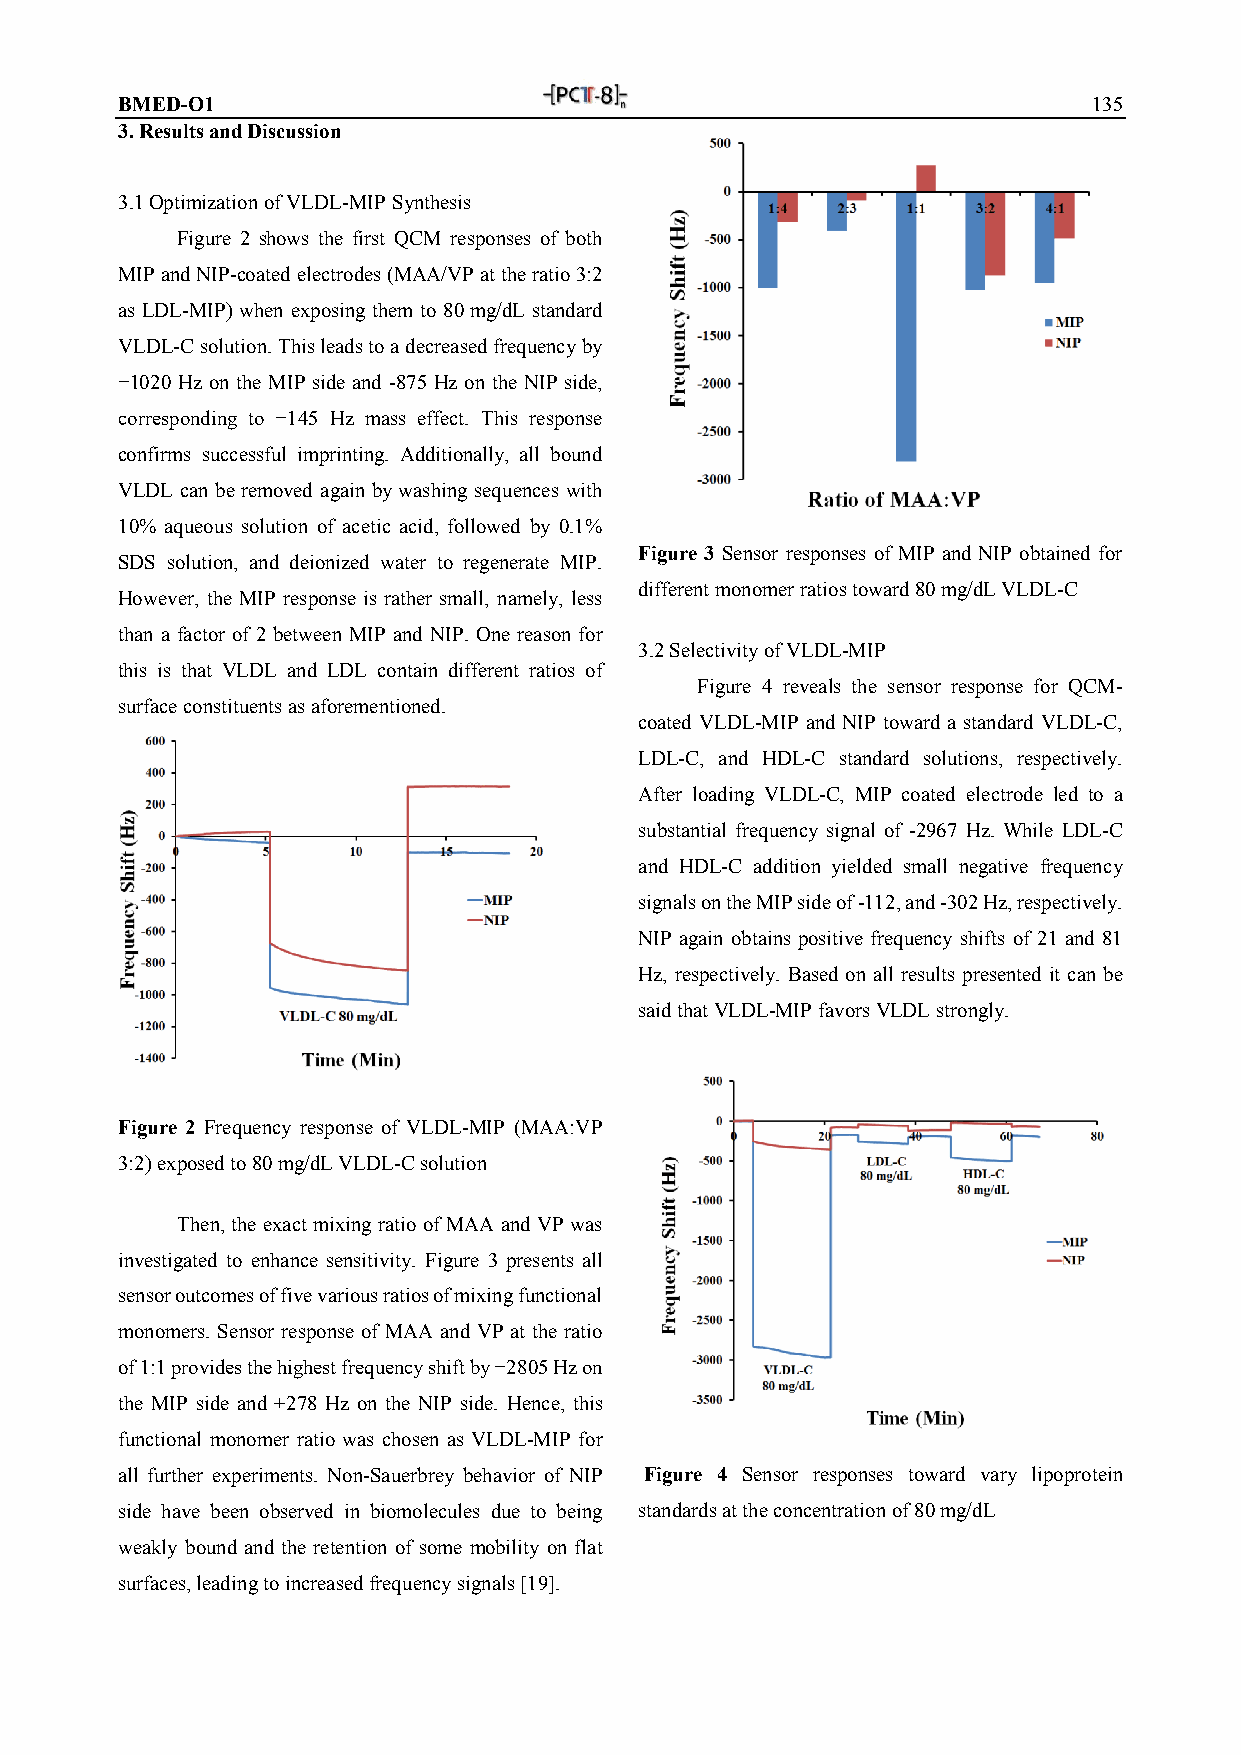
BMED-O1                                                         135
 3. Results and Discussion
 3.1 Optimization of VLDL-MIP Synthesis
 Figure 2 shows the first QCM responses of both
 MIP and NIP-coated electrodes (MAA/VP at the ratio 3:2
 as LDL-MIP) when exposing them to 80 mg/dL standard
 VLDL-C solution. This leads to a decreased frequency by
 −1020 Hz on the MIP side and -875 Hz on the NIP side,
 corresponding to −145 Hz mass effect. This response
 confirms successful imprinting. Additionally, all bound
 VLDL can be removed again by washing sequences with
 10% aqueous solution of acetic acid, followed by 0.1%
 Figure 3 Sensor responses of MIP and NIP obtained for
 SDS solution, and deionized water to regenerate MIP.
 different monomer ratios toward 80 mg/dL VLDL-C
 However, the MIP response is rather small, namely, less
 than a factor of 2 between MIP and NIP. One reason for
 3.2 Selectivity of VLDL-MIP
 this is that VLDL and LDL contain different ratios of
 Figure 4 reveals the sensor response for QCM-
 surface constituents as aforementioned.
 coated VLDL-MIP and NIP toward a standard VLDL-C,
 LDL-C, and HDL-C standard solutions, respectively.
 After loading VLDL-C, MIP coated electrode led to a
 substantial frequency signal of -2967 Hz. While LDL-C
 and HDL-C addition yielded small negative frequency
 signals on the MIP side of -112, and -302 Hz, respectively.
 NIP again obtains positive frequency shifts of 21 and 81
 Hz, respectively. Based on all results presented it can be
 said that VLDL-MIP favors VLDL strongly.
 Figure 2 Frequency response of VLDL-MIP (MAA:VP
 3:2) exposed to 80 mg/dL VLDL-C solution
 Then, the exact mixing ratio of MAA and VP was
 investigated to enhance sensitivity. Figure 3 presents all
 sensor outcomes of five various ratios of mixing functional
 monomers. Sensor response of MAA and VP at the ratio
 of 1:1 provides the highest frequency shift by −2805 Hz on
 the MIP side and +278 Hz on the NIP side. Hence, this
 functional monomer ratio was chosen as VLDL-MIP for
 all further experiments. Non-Sauerbrey behavior of NIP Figure 4 Sensor responses toward vary lipoprotein
 side have been observed in biomolecules due to being standards at the concentration of 80 mg/dL
 weakly bound and the retention of some mobility on flat
 surfaces, leading to increased frequency signals [19].